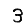
Digit: 3